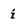
Character: i